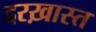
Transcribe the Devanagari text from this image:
दरख़ास्त